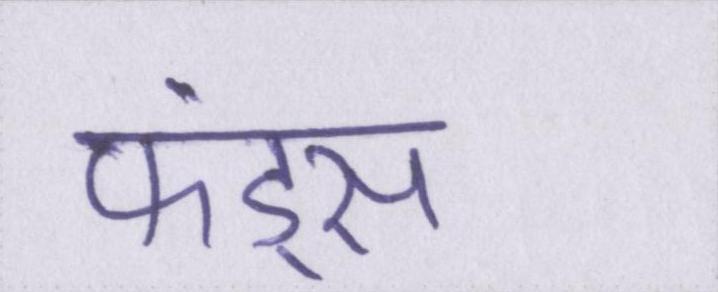
फंड्स